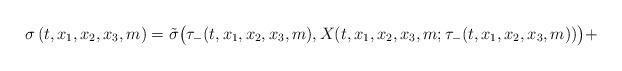
LaTeX: \begin{align*}\sigma \left( {t,x_1 ,x_2 ,x_3 ,m} \right) = \tilde \sigma\big(\tau_- (t,x_1 ,x_2 ,x_3 ,m),X(t,x_1,x_2 ,x_3 ,m;\tau_-(t,x_1 ,x_2 ,x_3 ,m)) \big) +\end{align*}